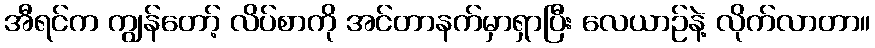
အီရင်က ကျွန်တော့် လိပ်စာကို အင်တာနက်မှာရှာပြီး လေယာဉ်နဲ့ လိုက်လာတာ။